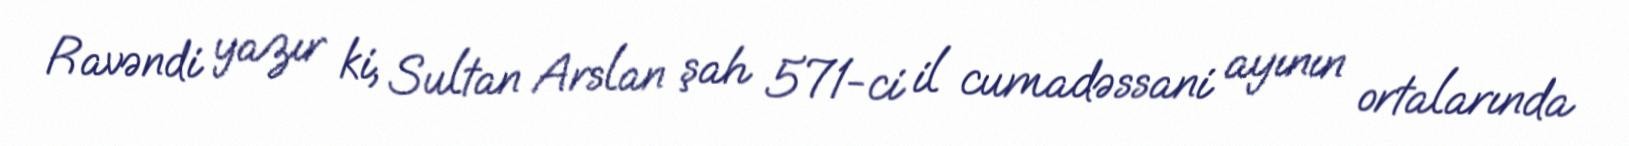
Ravəndi yazır ki, Sultan Arslan şah 571-ci il cumadəssani ayının ortalarında